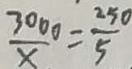
\frac { 3 0 0 0 } { x } = \frac { 2 5 0 } { 5 }